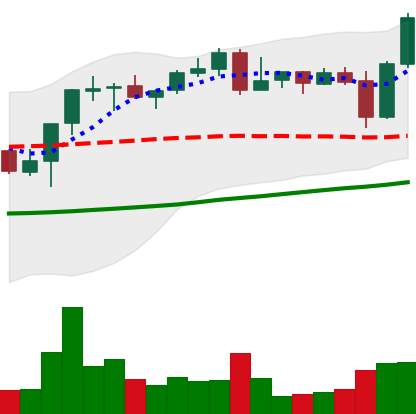
Ticker: BNB-USD
Chart end date: 2021-10-29
Forward return: 7.356%
Label: up_7plus